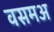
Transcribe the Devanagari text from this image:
वसमअ